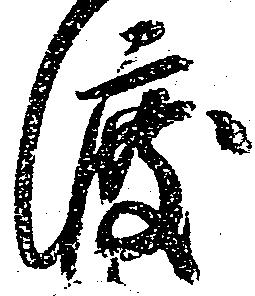
渡